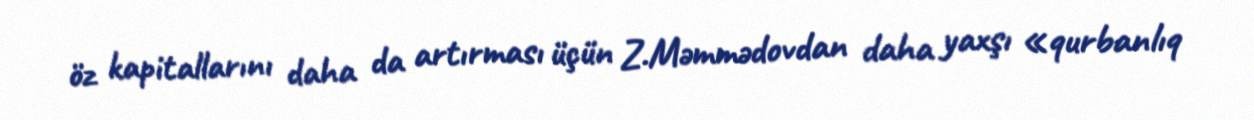
öz kapitallarını daha da artırması üçün Z.Məmmədovdan daha yaxşı «qurbanlıq